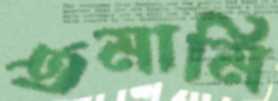
তমামি